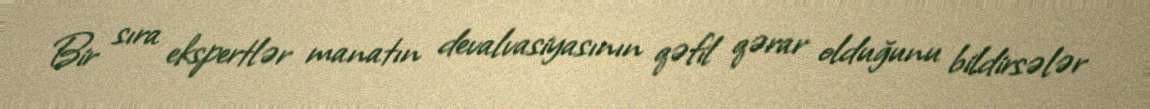
Bir sıra ekspertlər manatın devalvasiyasının qəfil qərar olduğunu bildirsələr